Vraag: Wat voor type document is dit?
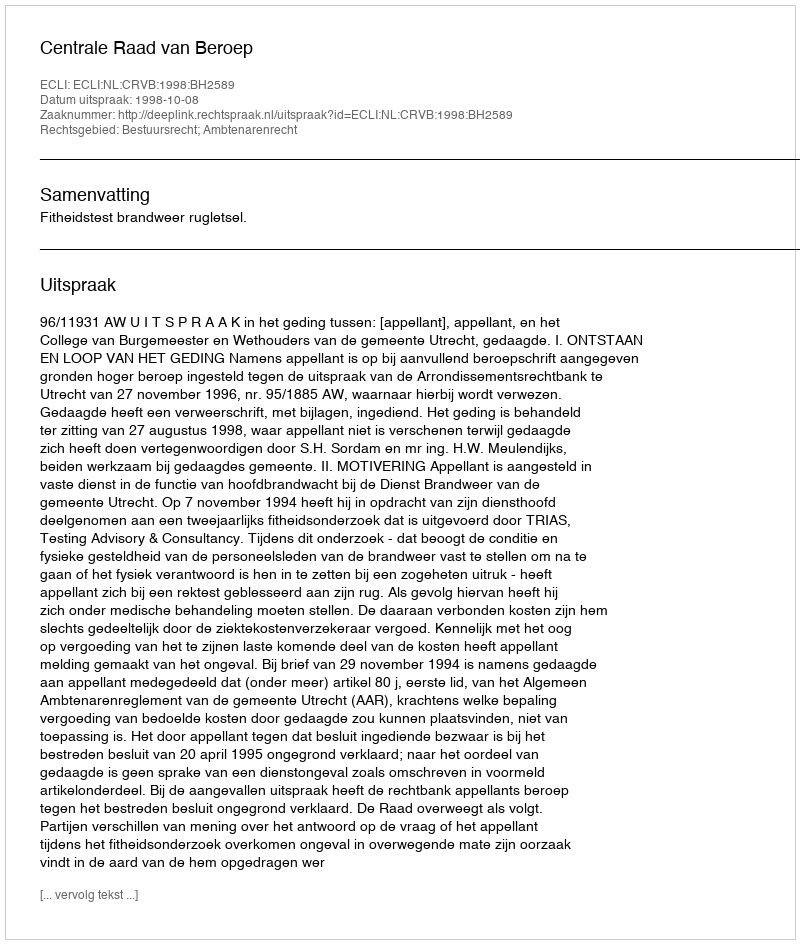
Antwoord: Uitspraak